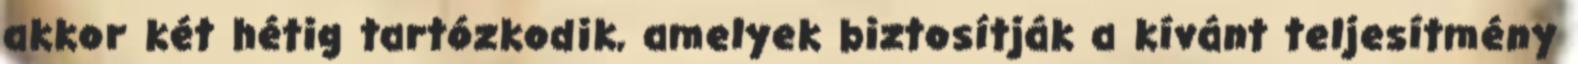
akkor két hétig tartózkodik, amelyek biztosítják a kívánt teljesítmény